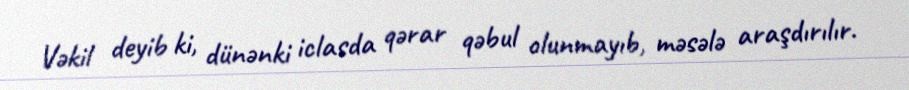
Vəkil deyib ki, dünənki iclasda qərar qəbul olunmayıb, məsələ araşdırılır.